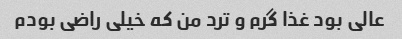
عالی بود غذا گرم و ترد من که خیلی راضی بودم